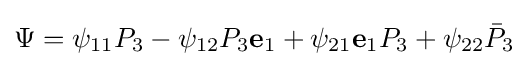
\Psi =\psi _{11}P_{3}-\psi _{12}P_{3}\mathbf {e} _{1}+\psi _{21}\mathbf {e} _{1}P_{3}+\psi _{22}{\bar {P}}_{3}